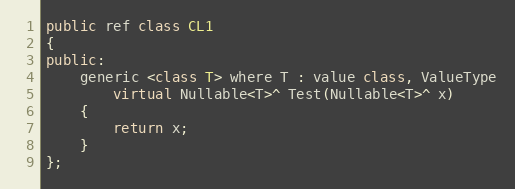
Language: C++
public ref class CL1
{
public:
	generic <class T> where T : value class, ValueType
		virtual Nullable<T>^ Test(Nullable<T>^ x)
	{
		return x;
	}
};